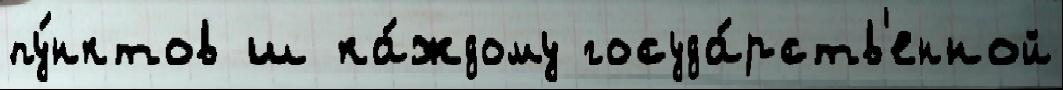
пу́нктов ш ка́ждому госуда́рств'енной